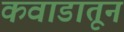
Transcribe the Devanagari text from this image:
कवाडातून